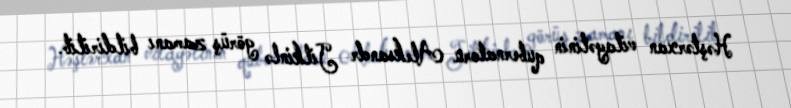
Həştərxan vilayətinin qubernatoru Aleksandr Jilkinlə görüş zamanı bildirilib.